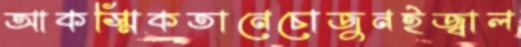
আকস্মিকতানেচোজুনইজ্বাল